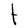
Character: t